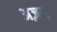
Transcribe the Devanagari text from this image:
अज़ब